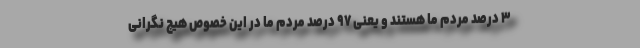
۳ درصد مردم ما هستند و یعنی ۹۷ درصد مردم ما در این خصوص هیچ نگرانی